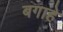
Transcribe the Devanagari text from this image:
बगाहे